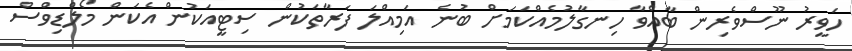
ހަވީރު ނޫސްވެރިން ބާއްވާ ހިނގާލުމެއްކަމަށް ބުނެ އަމިއްލަ ފަރާތަކުން ސިޓީއަކުން އެކަން މޯލްޑިވްސް